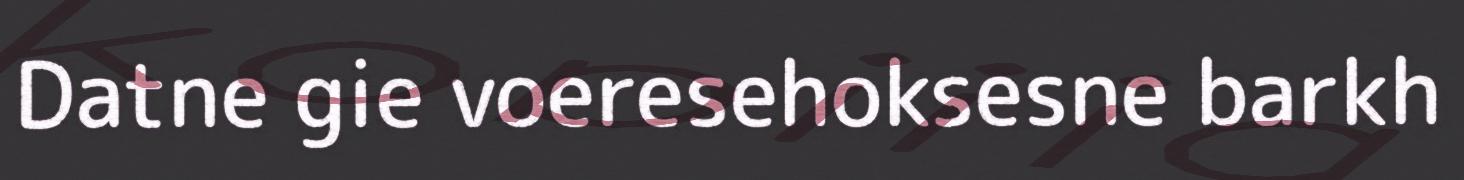
Datne gie voeresehoksesne barkh